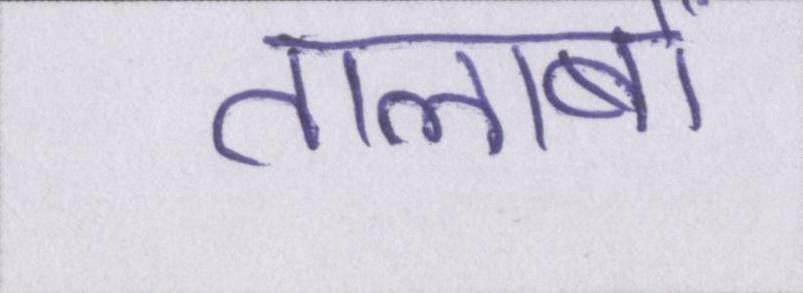
तालाबों